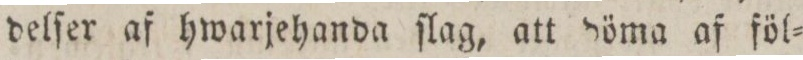
delſer af hwarjehanda ſlag, att döma af föl=